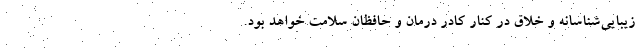
زیبایی‌شناسانه و خلاق در کنار کادر درمان و حافظان سلامت خواهد بود.